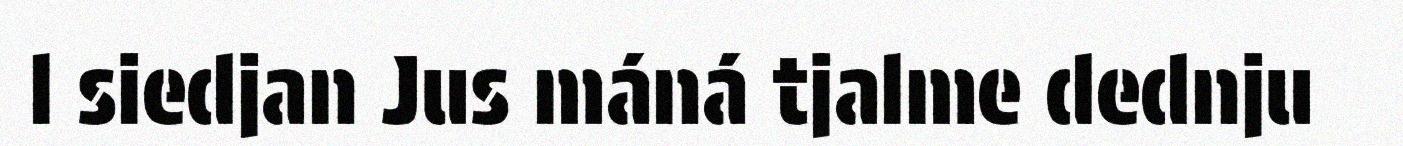
l siedjan Jus máná tjalme dednju